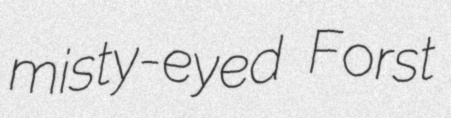
misty-eyed Forst